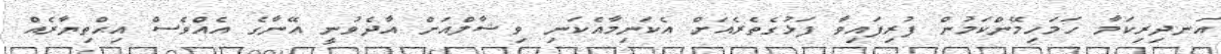
އަނދިރިކަމާ ހަމަހިމޭންކަމުން ފުރިފައިވާ ފަޅުގެތެރެއަށް އެކަނިމާއެކަނި ވިޝާލްއަށް އާދެވުނީ އޭނާގެ އެއްވެސް އިޙްތިޔާރެއް